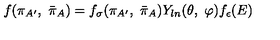
f ( \pi _ { A ^ { \prime } } , \ { \bar { \pi } } _ { A } ) = f _ { \sigma } ( \pi _ { A ^ { \prime } } , \ { \bar { \pi } } _ { A } ) Y _ { l n } ( \theta , \ \varphi ) f _ { \epsilon } ( E )